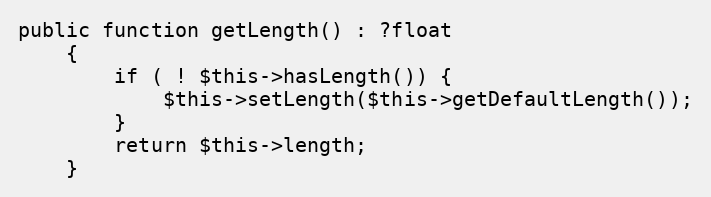
Language: PHP
public function getLength() : ?float
    {
        if ( ! $this->hasLength()) {
            $this->setLength($this->getDefaultLength());
        }
        return $this->length;
    }